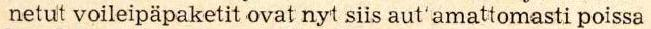
netut voileipäpaketit ovat nyt siis aut'amattomasti poissa